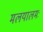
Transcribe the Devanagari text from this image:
मलयालमः